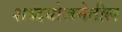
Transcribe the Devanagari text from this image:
शब्दयोजनेतील